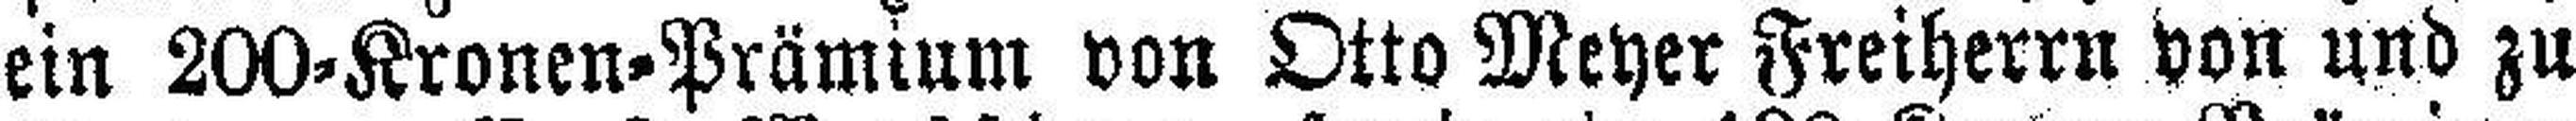
ein 200=Kronen=Prämium von Otto Meyer Freiherr von und zu